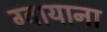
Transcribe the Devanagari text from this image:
ग्वायाना